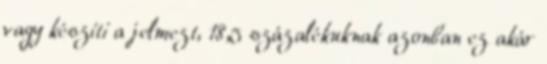
vagy készíti a jelmezt, 18,5 százalékuknak azonban ez akár